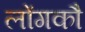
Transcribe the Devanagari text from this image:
लोंगकौ